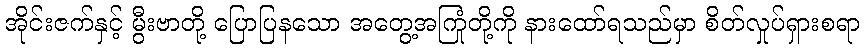
အိုင်းဇက်နှင့် မွီးဗာတို့ ပြောပြနသော အတွေ့အကြုံတို့ကို နားထော်ရသည်မှာ စိတ်လှုပ်ရှားစရာ